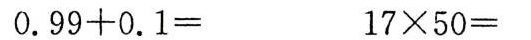
$$0.99 + 0.1 =$$ $$17 \times 50 =$$